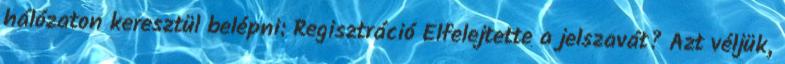
hálózaton keresztül belépni: Regisztráció Elfelejtette a jelszavát? Azt véljük,